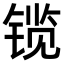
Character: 𫔃